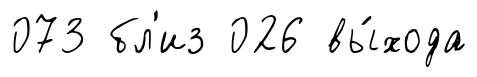
073 бл'из 026 вы́хода